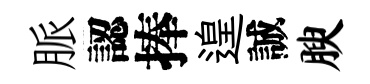
脈認捧遑誠腴